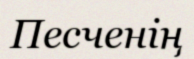
Песченің